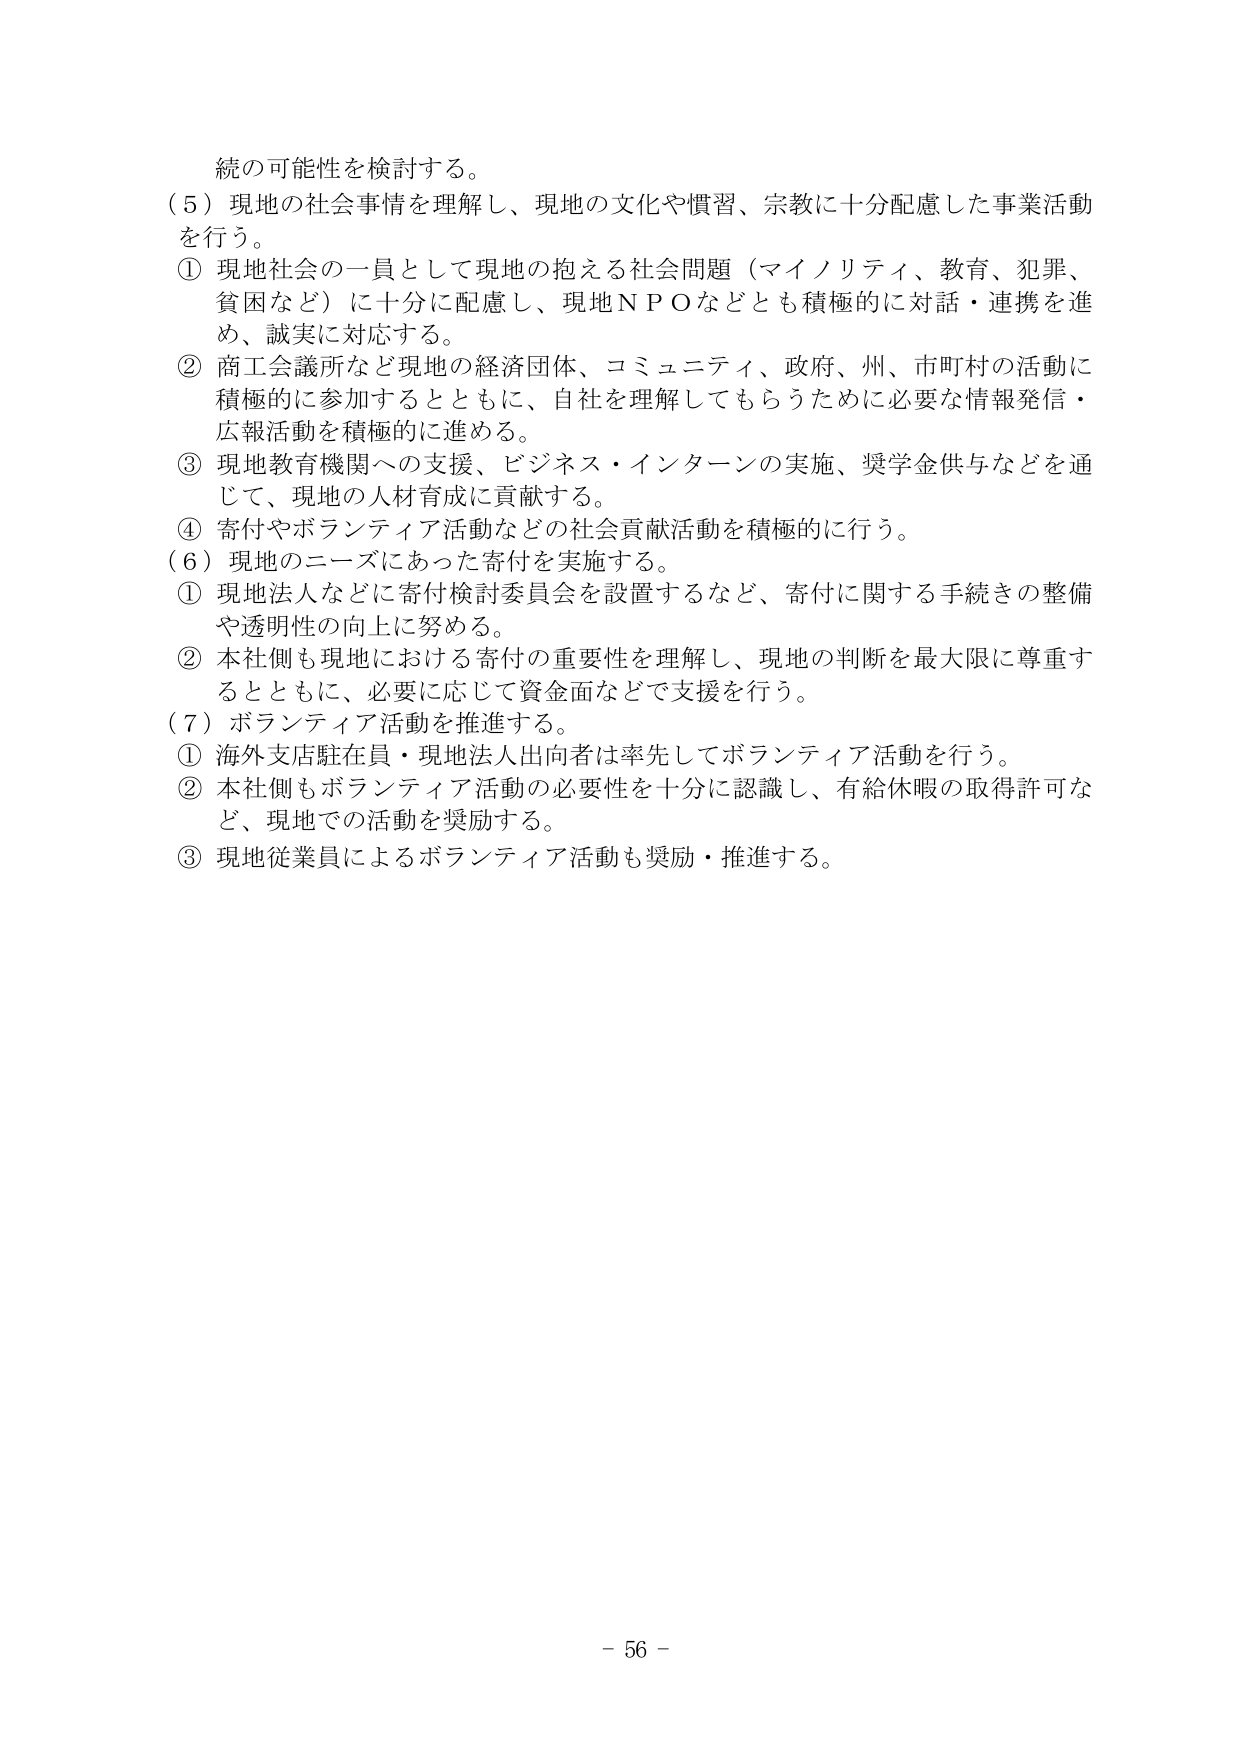
続の可能性を検討する。

（５）現地の社会事情を理解し、現地の文化や慣習、宗教に十分配慮した事業活動を行う。
① 現地社会の一員として現地の抱える社会問題（マイノリティ、教育、犯罪、貧困など）に十分に配慮し、現地ＮＰＯなどとも積極的に対話・連携を進め、誠実に対応する。
② 商工会議所など現地の経済団体、コミュニティ、政府、州、市町村の活動に積極的に参加するとともに、自社を理解してもらうために必要な情報発信・広報活動を積極的に進める。
③ 現地教育機関への支援、ビジネス・インターンの実施、奨学金供与などを通じて、現地の人材育成に貢献する。
④ 寄付やボランティア活動などの社会貢献活動を積極的に行う。

（６）現地のニーズにあった寄付を実施する。
① 現地法人などに寄付検討委員会を設置するなど、寄付に関する手続きの整備や透明性の向上に努める。
② 本社側も現地における寄付の重要性を理解し、現地の判断を最大限に尊重するとともに、必要に応じて資金面などで支援を行う。

（７）ボランティア活動を推進する。
① 海外支店駐在員・現地法人出向者は率先してボランティア活動を行う。
② 本社側もボランティア活動の必要性を十分に認識し、有給休暇の取得許可など、現地での活動を奨励する。
③ 現地従業員によるボランティア活動も奨励・推進する。

－ 56 －